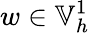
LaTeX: w\in\mathbb{V}_{h}^{1}